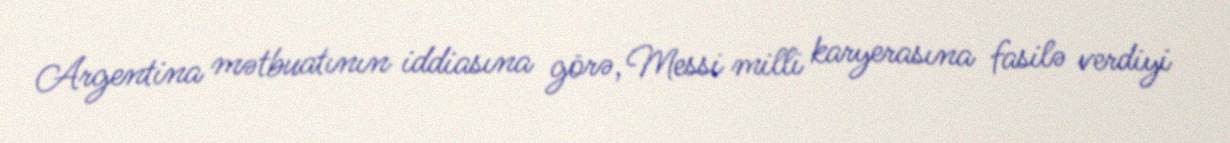
Argentina mətbuatının iddiasına görə, Messi milli karyerasına fasilə verdiyi